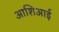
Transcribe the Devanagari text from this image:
आशिआई